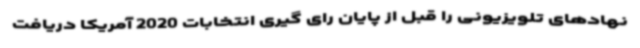
نهادهای تلویزیونی را قبل از پایان رای گیری انتخابات 2020 آمریکا دریافت